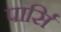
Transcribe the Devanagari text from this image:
पार्सि